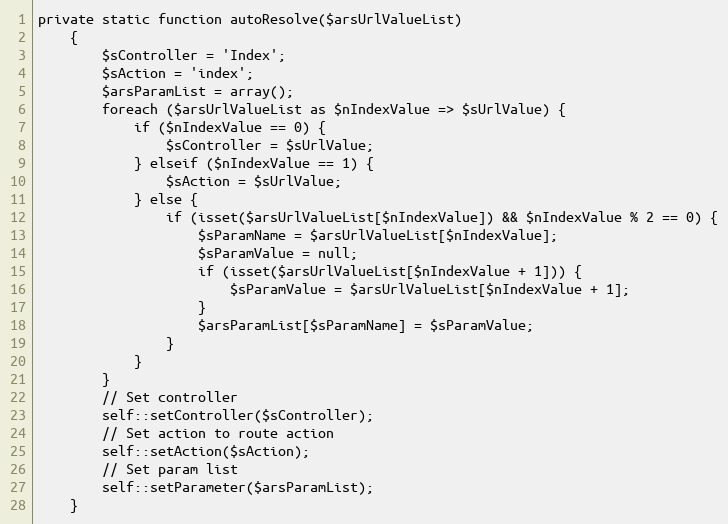
Language: PHP
private static function autoResolve($arsUrlValueList)
    {
        $sController = 'Index';
        $sAction = 'index';
        $arsParamList = array();
        foreach ($arsUrlValueList as $nIndexValue => $sUrlValue) {
            if ($nIndexValue == 0) {
                $sController = $sUrlValue;
            } elseif ($nIndexValue == 1) {
                $sAction = $sUrlValue;
            } else {
                if (isset($arsUrlValueList[$nIndexValue]) && $nIndexValue % 2 == 0) {
                    $sParamName = $arsUrlValueList[$nIndexValue];
                    $sParamValue = null;
                    if (isset($arsUrlValueList[$nIndexValue + 1])) {
                        $sParamValue = $arsUrlValueList[$nIndexValue + 1];
                    }
                    $arsParamList[$sParamName] = $sParamValue;
                }
            }
        }
        // Set controller
        self::setController($sController);
        // Set action to route action
        self::setAction($sAction);
        // Set param list
        self::setParameter($arsParamList);
    }